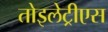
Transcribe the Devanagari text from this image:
तोइलेट्रीएस